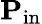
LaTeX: \mathbf{P}_{\mathrm{in}}